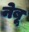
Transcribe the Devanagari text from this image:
नेबू